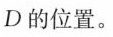
D的位置。